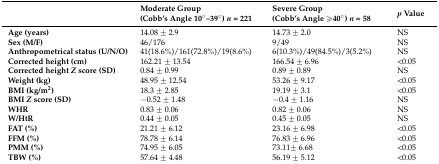
|  | Moderate Group (Cobb’s Angle 10°–39°) n = 221 | Severe Group (Cobb’s Angle ≥40°) n = 58 | p Value |
 | --- | --- | --- | --- |
 | Age (years) | 14.08 ± 2.9 | 14.73 ± 2.0 | NS |
 | Sex (M/F) | 46/176 | 9/49 | NS |
 | Anthropometrical status (U/N/O) | 41(18.6%)/161(72.8%)/19(8.6%) | 6(10.3%)/49(84.5%)/3(5.2%) | NS |
 | Corrected height (cm) | 162.21 ± 13.54 | 166.54 ± 6.96 | <0.05 |
 | Corrected height Z score (SD) | 0.84 ± 0.99 | 0.89 ± 0.89 | NS |
 | Weight (kg) | 48.95 ± 12.54 | 53.26 ± 9.17 | <0.05 |
 | BMI (kg/m2) | 18.3 ± 2.85 | 19.19 ± 3.1 | <0.05 |
 | BMI Z score (SD) | −0.52 ± 1.48 | −0.4 ± 1.16 | NS |
 | WHR | 0.83 ± 0.06 | 0.82 ± 0.06 | NS |
 | W/HtR | 0.44 ± 0.05 | 0.45 ± 0.05 | NS |
 | FAT (%) | 21.21 ± 6.12 | 23.16 ± 6.98 | <0.05 |
 | FFM (%) | 78.78 ± 6.14 | 76.83 ± 6.96 | <0.05 |
 | PMM (%) | 74.95 ± 6.05 | 73.11± 6.68 | <0.05 |
 | TBW (%) | 57.64 ± 4.48 | 56.19 ± 5.12 | <0.05 |